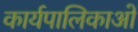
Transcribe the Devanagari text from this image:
कार्यपालिकाओं